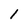
Character: 1